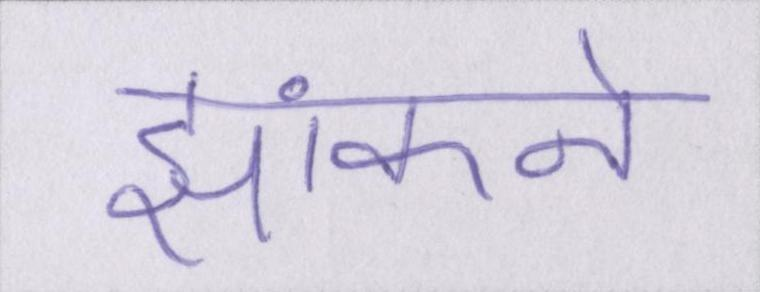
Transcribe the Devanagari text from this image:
झांकने